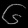
Digit: ၆